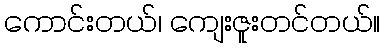
ကောင်းတယ်၊ ကျေးဇူးတင်တယ်။